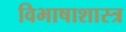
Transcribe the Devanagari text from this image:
विभाषाशास्त्र